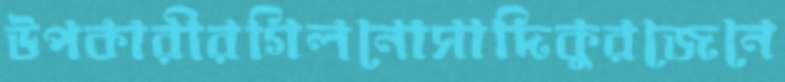
উপকারীরগিলনোসাদিকুরজেনে